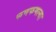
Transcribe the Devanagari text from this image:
फणफणल्या